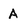
Character: A